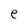
Character: e